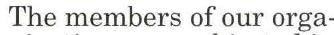
The members of our orga-